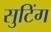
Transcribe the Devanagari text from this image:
सुटिंग